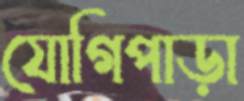
যোগিপাড়া